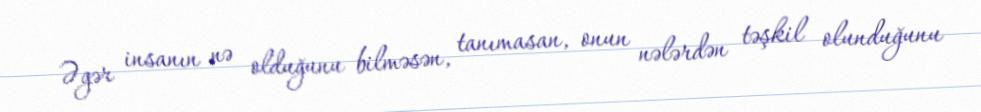
Əgər insanın nə olduğunu bilməsən, tanımasan, onun nələrdən təşkil olunduğunu